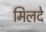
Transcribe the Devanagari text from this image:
मिलदे